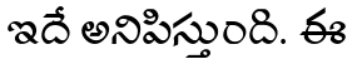
ఇదే అనిపిస్తుంది. ఈ